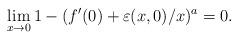
LaTeX: \begin{align*}\lim_{x \to 0}1-(f'(0)+\varepsilon(x,0)/x)^a=0.\end{align*}